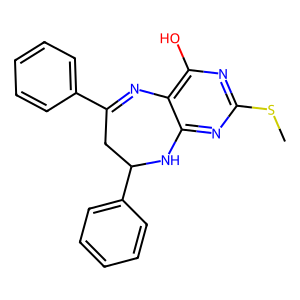
SMILES: CSc1nc(O)c2c(n1)NC(c1ccccc1)CC(c1ccccc1)=N2
Inhibits HIV replication: No